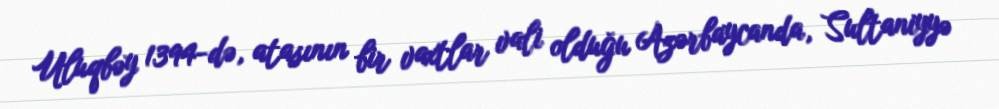
Uluqbəy 1394-də, atasının bir vaxtlar vali olduğu Azərbaycanda, Sultaniyyə